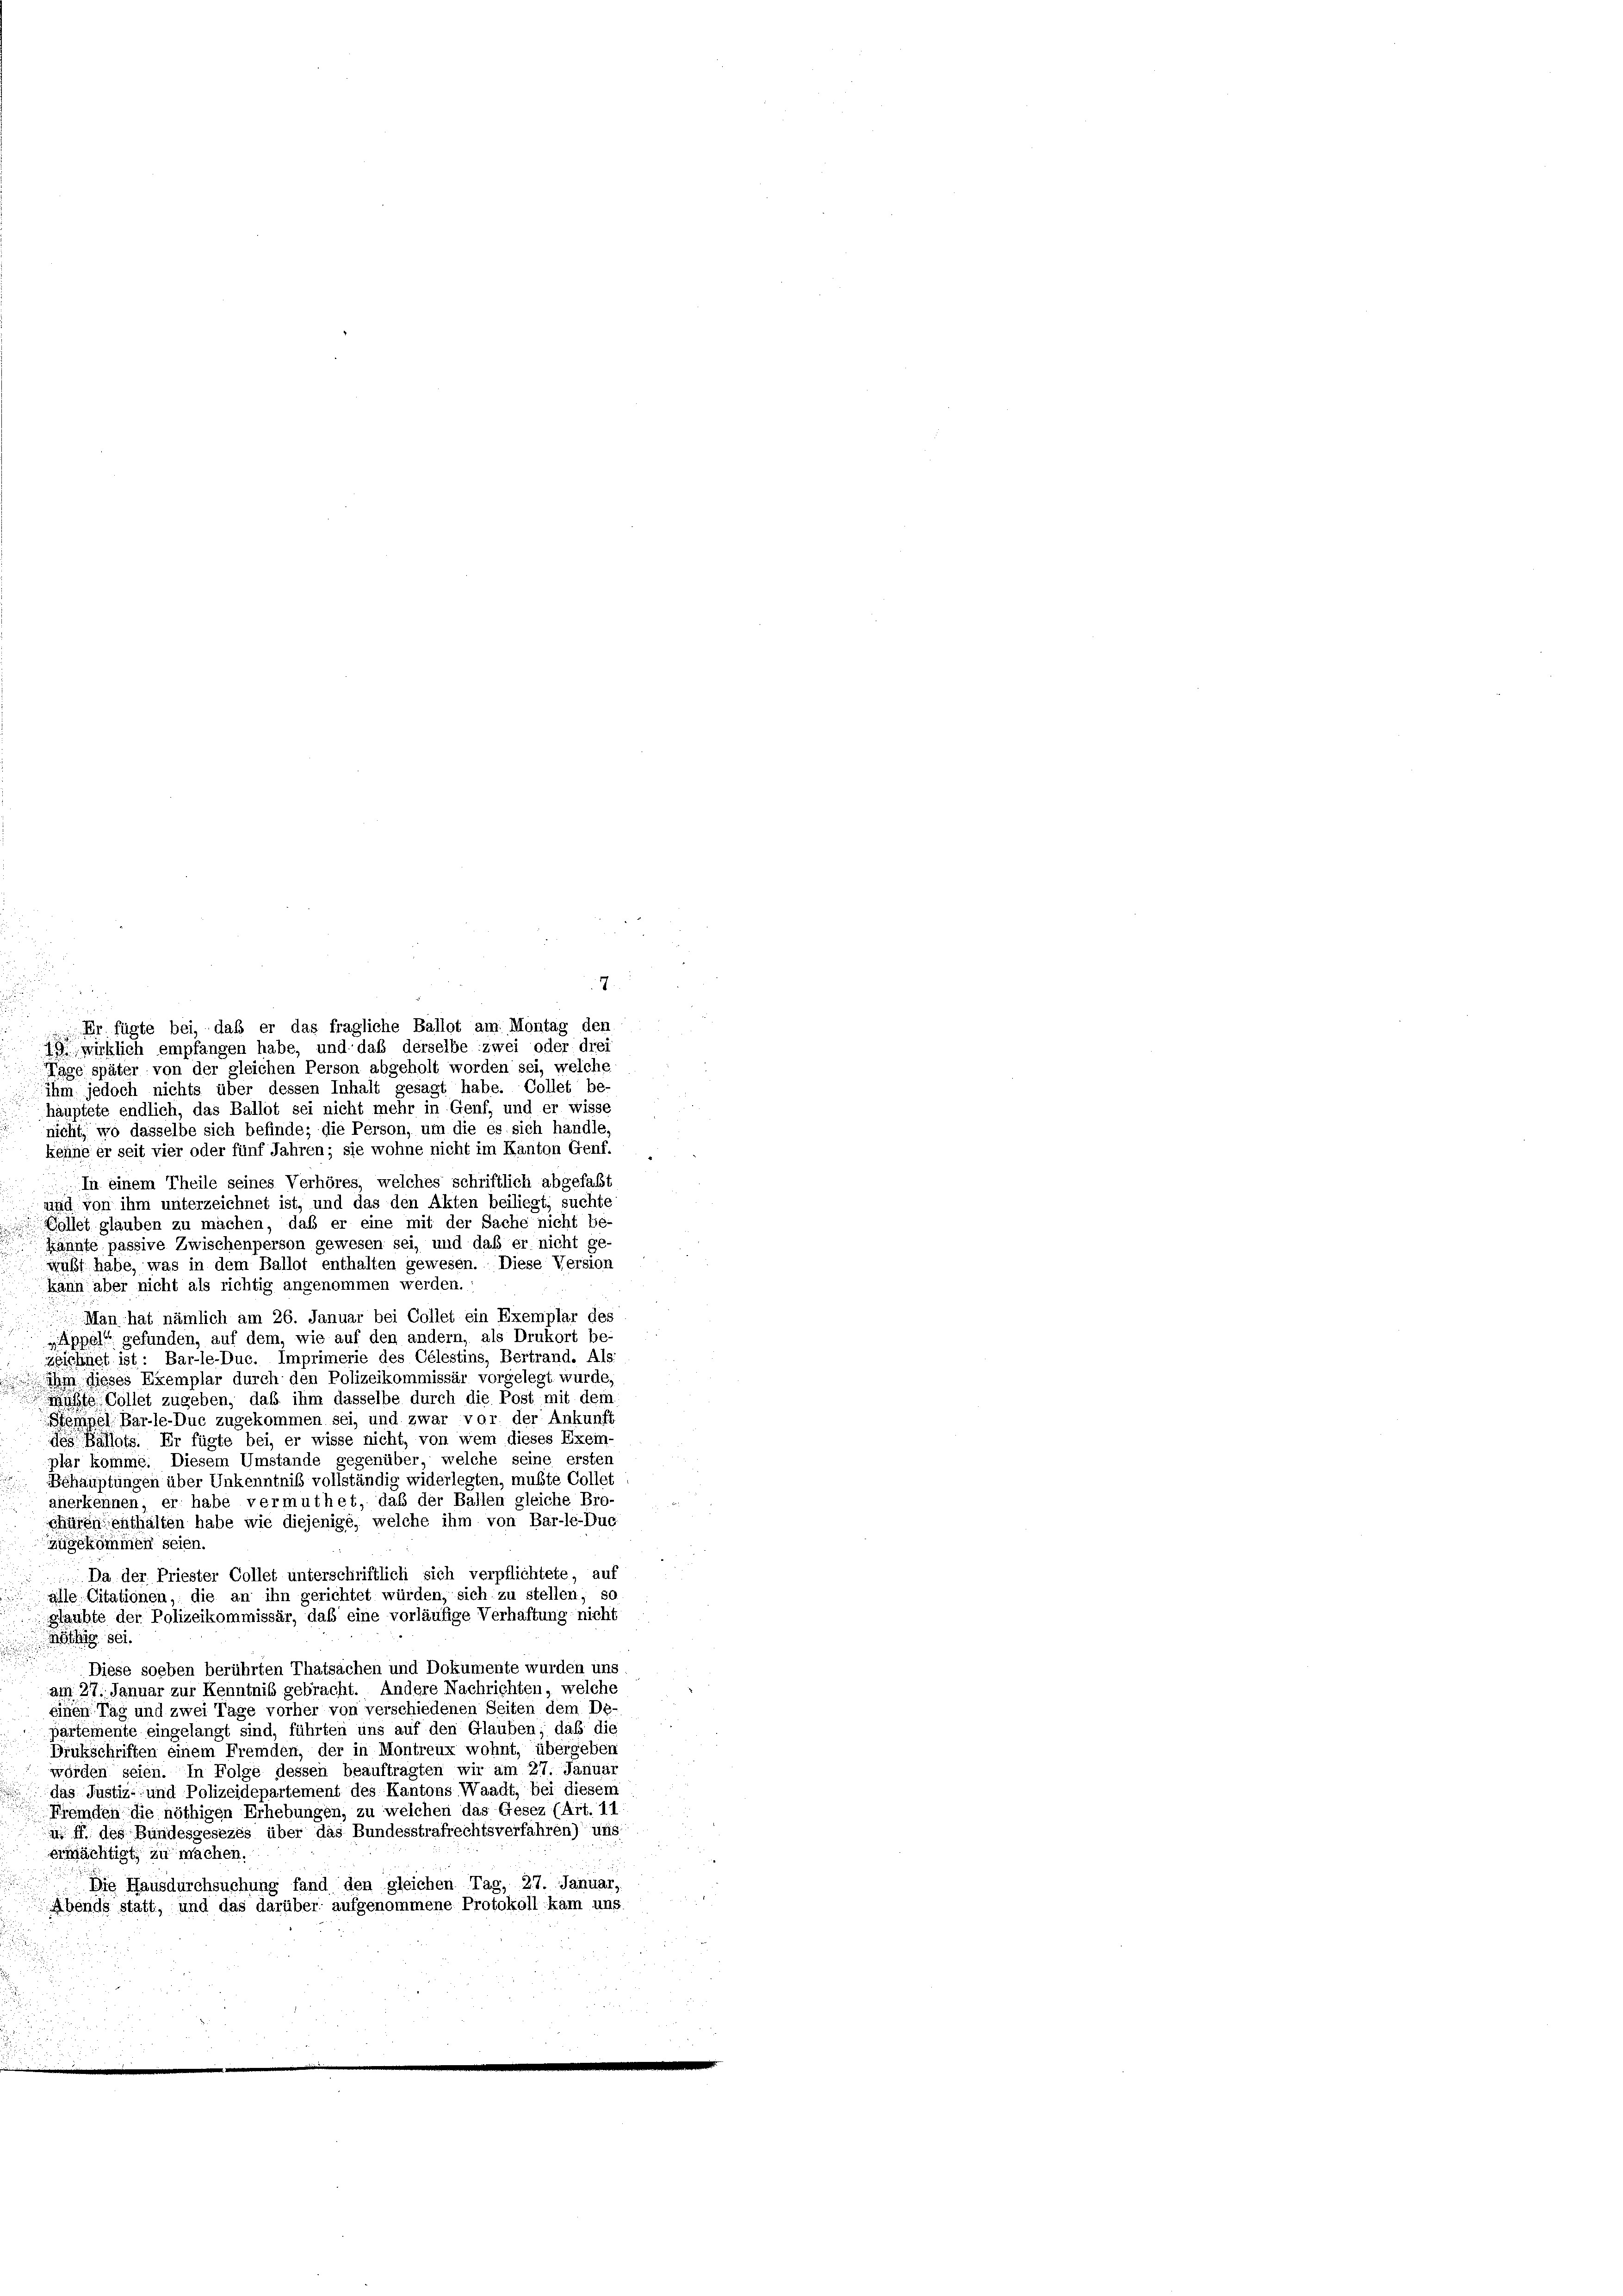
.
7

Er fügte bei, daß er das fragliche Ballot am Montag den
wirklich empfangen habe, und daß derselbe zwei oder drei
Tage später von der gleichen Person abgeholt worden sei, welche
ihm jedoch nichts über dessen Inhalt gesagt habe. Collet be-
häuptete endlich, das Ballot sei nicht mehr in Genf, und er wisse
nicht, wo dasselbe sich befinde; die Person, um die es sich handle,
kehne er seit vier oder fünf Jahren; sie wohne nicht im Kanton Genf.
In einem Theile seines Verhöres, welches schriftlich abgefaßt
und von ihm unterzeichnet ist, und das den Akten beiliegt, suchte
Gollet glauben zu machen, daß er eine mit der Sache nicht be-
Kähnte passive Zwischenperson gewesen sei, und daß er nicht ge-
wußt habe, was in dem Ballot enthalten gewesen. Diese Version
kann aber nicht als richtig angenommen werden.
Man hat nämlich am 26. Januar bei Collet ein Exemplar des
Appell gefunden, auf dem, wie auf den andern, als Drukort be-
zeichnet ist: Bar-le-Duc. Imprimerie des Celestins, Bertrand. Als:
 ihm dieses Exemplar durch den Polizeikommissär vorgelegt wurde,
Müßte. Collet zugeben, daß ihm dasselbe durch die Post mit dem
Stempel Bar-le-Duc zugekommen sei, und zwar vor der Ankunft
des Ballots. Er fügte bei, er wisse nicht, von wem dieses Exem-
plar komme. Diesem Umstände gegenüber welche seine ersten
Behauptungen über Unkenntnis vollständig widerlegten, mußte Colles
anerkennen; er habe vermuthet, daß der Ballen gleiche Bro-
chüren enthalten habe wie diejenige, welche ihm von Bar-le-Duc
ugskommen seien.
Da der Priester Collet unterschriftlich sich verpflichtete, auf
alle Citationen, die an ihn gerichtet würden, sich zu stellen, so
glaubte der Polizeikommissär, daß eine vorläufige Verhaftung nicht
Röthig sei.
Diese soeben berührten Thatsachen und Dokumente wurden uns
am 27. Januar zur Kenntniß gebracht. Andere Nachrichten, welche
einen Tag und zwei Tage vorher von verschiedenen Seiten dem De-
partemente eingelangt sind, führten uns auf den Glauben; daß die
Drukschriften einem Fremden, der in Montreux wohnt, übergeben
wörden seien. In Folge dessen beauftragten wir am 27. Januar
das Justiz- und Polizeidepartement des Kantons Waadt, bei diesem
Fremden die nöthigen Erhebungen, zu welchen das Gesez (Art. 11.
i ff. des Bundesgesezes über das Bundesstrafrechtsverfahren) uns
ermächtigt, zu machen.
Die Hausdurchsuchung fand den gleichen Tag, 27. Januar,
Abends statt, und das darüber aufgenommene Protokoll kam uns